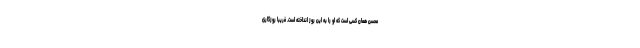
محسن همان کسی‌ است که او را به این روز انداخته است. فریبا روزگاری